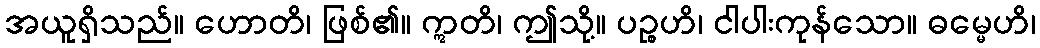
အယူရှိသည်။ ဟောတိ၊ ဖြစ်၏။ ဣတိ၊ ဤသို့။ ပဉ္စဟိ၊ ငါပါးကုန်သော။ ဓမ္မေဟိ၊